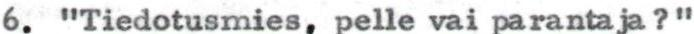
6. "Tiedotusmies, pelle vai parantaja?"